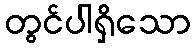
တွင်ပါရှိသော